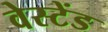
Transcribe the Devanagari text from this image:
वेस्टेंड